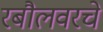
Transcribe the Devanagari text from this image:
रबौलवरचे